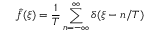
\hat { f } ( \xi ) = \frac { 1 } { T } \sum _ { n = - \infty } ^ { \infty } \delta ( \xi - n / T )